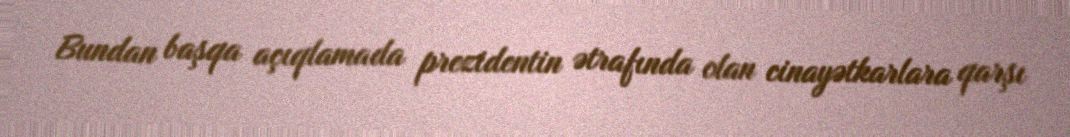
Bundan başqa açıqlamada prezidentin ətrafında olan cinayətkarlara qarşı